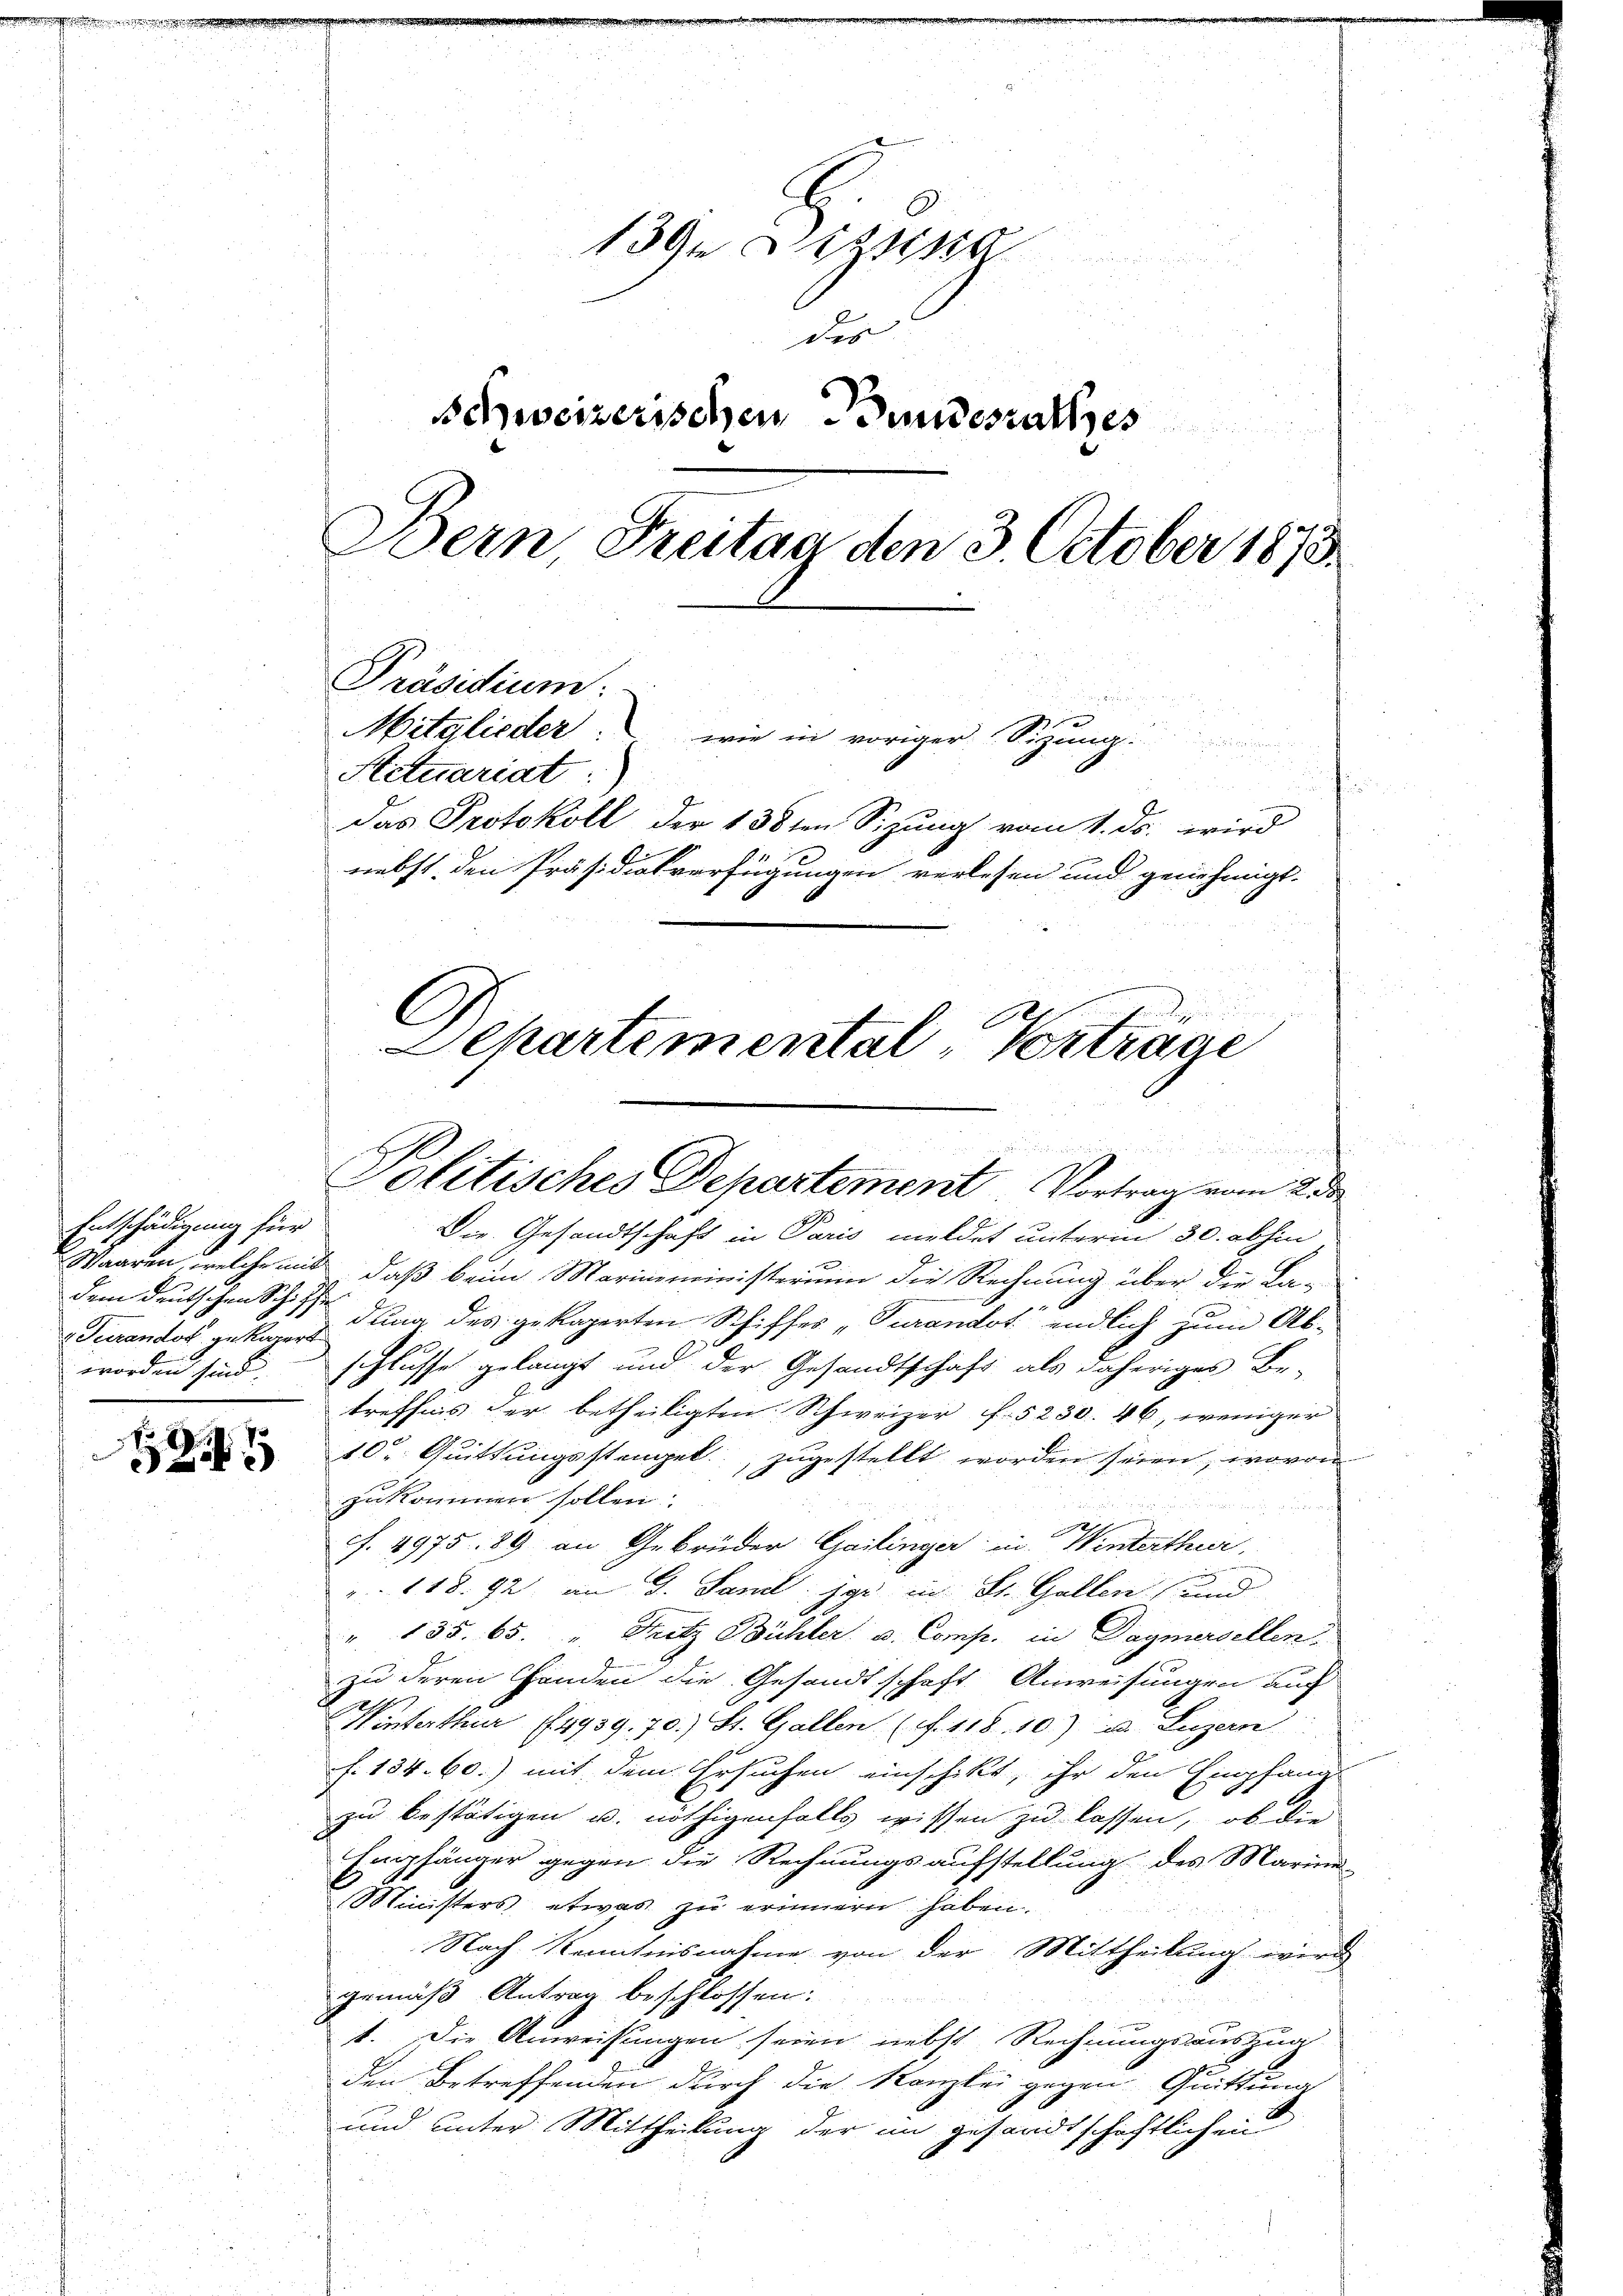
Entschädigung für
 Turandot, gekapert.
worden sind.

125

1391 Sizipa
n
des
Schweizerischen Bundesrathes
Bern, Freitag den 3. October 1873.
Präsidium.
n
in
Mitglieder: wie in voriger Sizung.
Actuariat

das Protokoll der 138ten Sizung vom 1. ds. wird
nebst den Präsidialverfügungen verlesen und genehmigt.
C
Departemental-Vortrage

Politisches Departement. Vortrag vom 2 de

Die Gesandtschaft in Paris meldet unterm 30. abhin
Waaren, welche mit, daß beim Marinministerum die Rechnung über die La-
dem deutschen Schiedung des gekaperten Schiffes „Turandot endlich zum Ab-
schlusse gelangt und der Gesandtschaft als daheriges Be-
treffens der betheiligten Schweizer f. 5230. 46, weniger
10t Quittungsstengel zugestellt worden seien, wovon
zukommen sollen.
cf. 4975. 89 an Gebrüder Gailinger in Winterthur,
118. 92 an G. Sand: jar in St. Gallen (und
" 135. 65. " Fritz Bühler u. Comp. in Dagmersellen
zu deren Handen die Gesandtschaft Anweisungen auch
Winterthur 14939. 70.) St. Gallen (S. 118. 10) u. Luzern
f. 184. 60.) mit dem Ersuchen einschikt, ihr den Empfang
zu bestätigen u. nöthigenfalls wissen zu lassen, ob die
Empfänger gegen die Rechnungsaufstellung des Marien
Ministers etwas zu erinnern haben.
Nach Kenntnisnahme von der Mittheilung wird
gemäß Antrag beschlossen:
1. Die Anweisungen seien nebst Rechnungsauszug
den Betreffenden durch die Kanzlei gegen Quittung
und unter Mittheilung der im gesandtschaftlichen